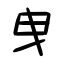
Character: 曳